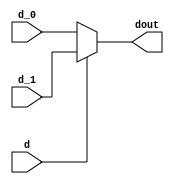
module mux_2
#(parameter WIDTH=8)
(
    input  [WIDTH-1: 0]  d_0,
    input  [WIDTH-1: 0]  d_1,
    input                d,
    output [WIDTH-1: 0]  dout
);

assign dout = (d==1'b1)? d_1: d_0;

endmodule